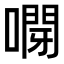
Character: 𠽫